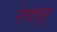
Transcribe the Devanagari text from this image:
रेनापुर्